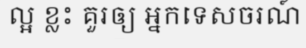
ល្អ ខ្លះ គួរឲ្យ អ្នកទេសចរណ៍